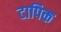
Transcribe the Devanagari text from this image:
टापिक